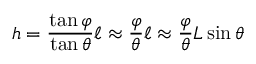
h = { \frac { \tan \varphi } { \tan \theta } } \ell \approx { \frac { \varphi } { \theta } } \ell \approx { \frac { \varphi } { \theta } } L \sin \theta